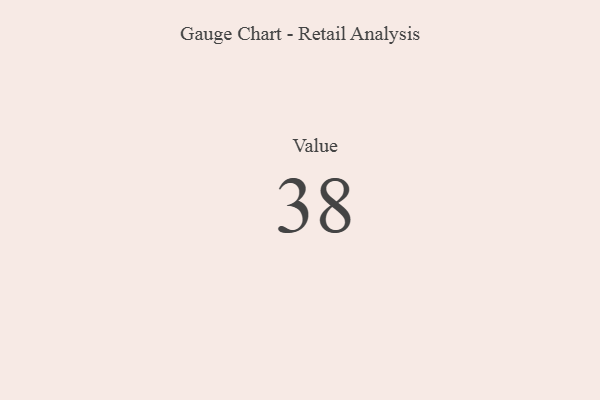
{"axis": {"x": "Metric", "y": "Value"}, "legend": [""], "data": [{"x": "Value", "y": 38, "type": ""}]}